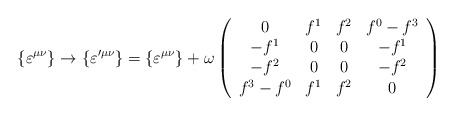
\begin{align*}\{\varepsilon^{\mu \nu} \} \rightarrow \{\varepsilon'^{\mu \nu} \} = \{\varepsilon^{\mu \nu}\} + \omega \left( \begin{array}{cccc}0 & f^1 & f^2 & f^0 - f^3 \\-f^1 & 0& 0 & -f^1\\-f^2 & 0 & 0 & - f^2 \\ f^3 - f^0 & f^1 & f^2 & 0\end{array} \right)\end{align*}